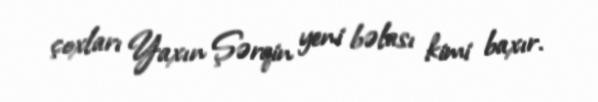
çoxları Yaxın Şərqin yeni bəlası kimi baxır.